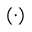
( \cdot )